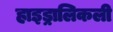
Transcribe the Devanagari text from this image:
हाइड्रालिकली